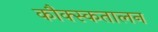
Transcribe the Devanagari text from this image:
कौक्स्कतालन